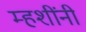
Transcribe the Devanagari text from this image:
म्हशींनी